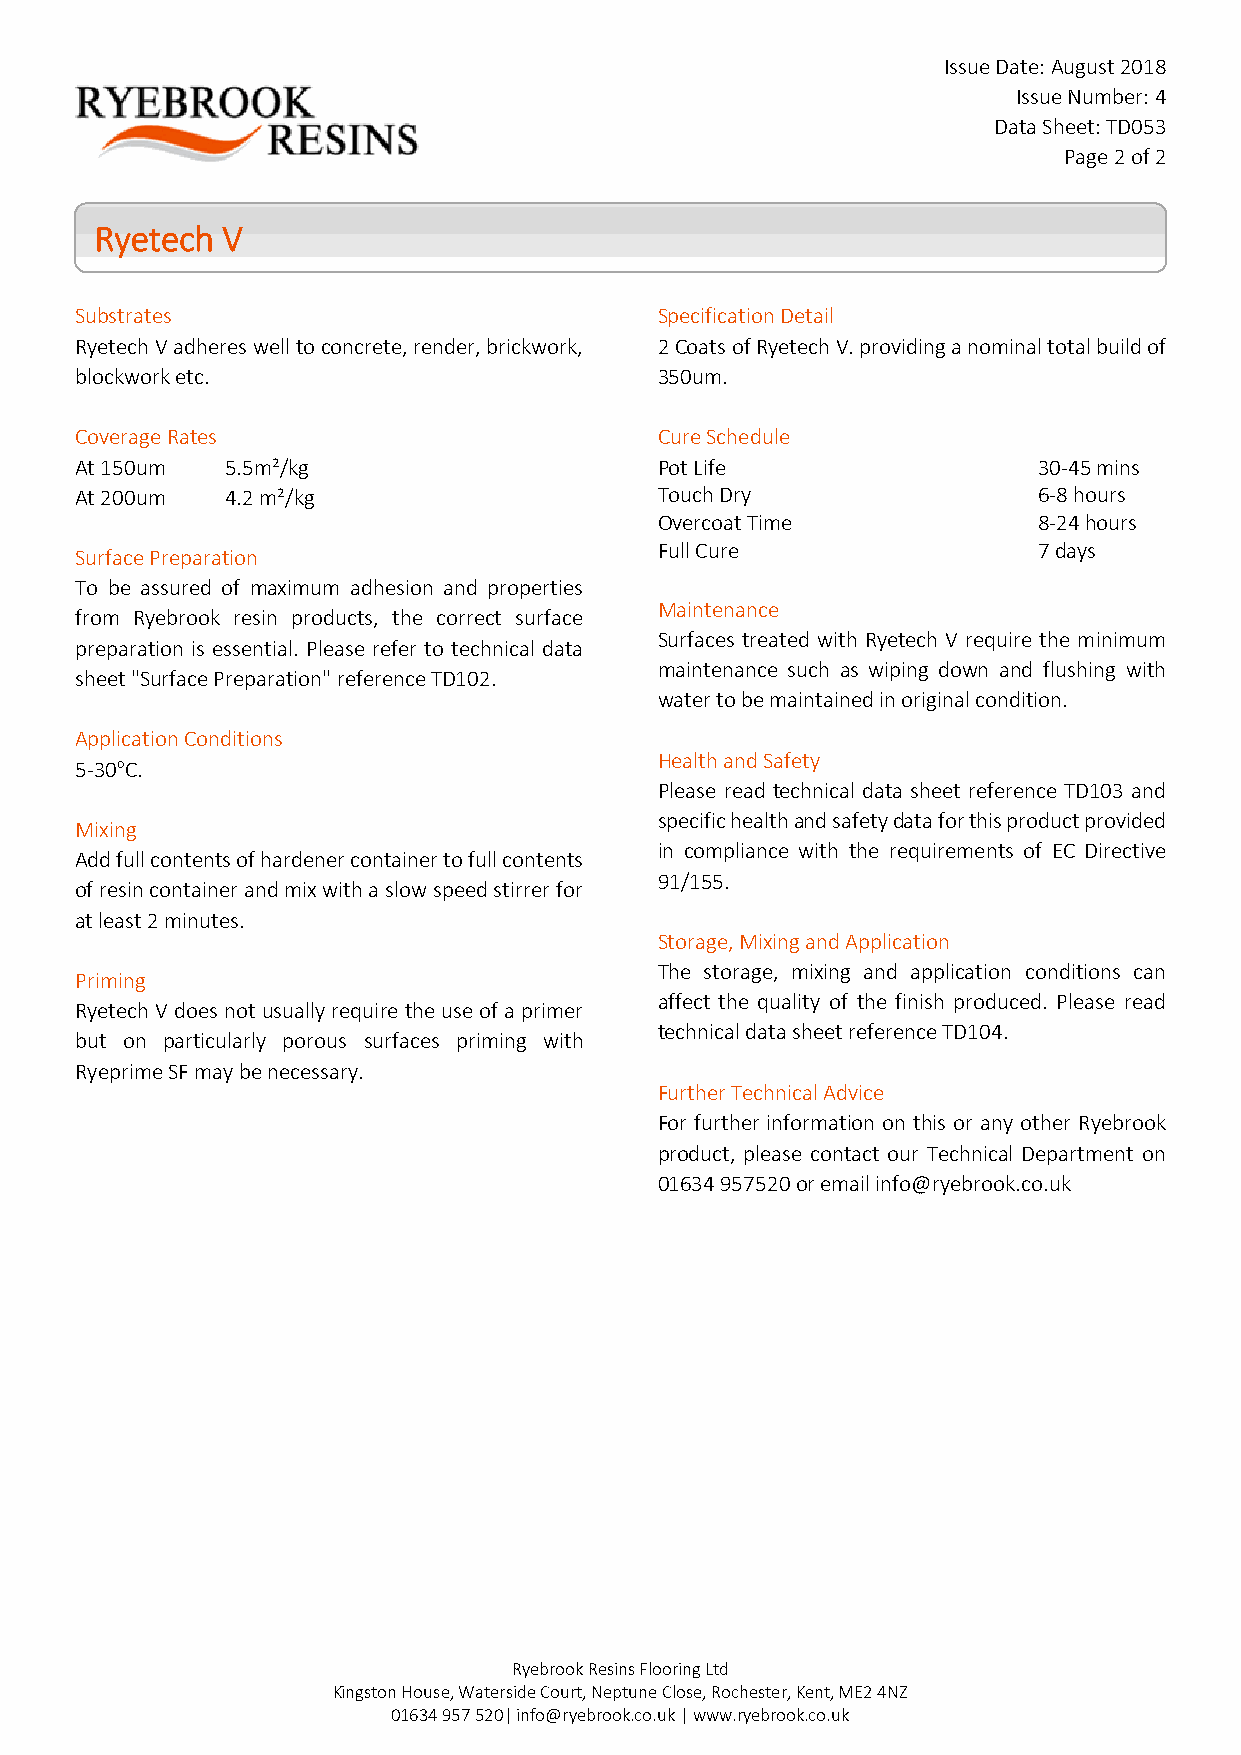
Issue Date: August 2018
 Issue Number: 4
 Data Sheet: TD053
 Page 2 of 2
 Ryetech  V
 Substrates                             Specification Detail
 Ryetech V adheres well to concrete, render, brickwork, 2 Coats of Ryetech V. providing a nominal total build of
 blockwork etc.                         350um.
 Coverage Rates                         Cure Schedule
 At 150um  5.5m²/kg                     Pot Life                 30-45 mins
 At 200um  4.2 m²/kg                    Touch Dry                6-8 hours
 Overcoat Time            8-24 hours
 Full Cure                7 days
 Surface Preparation
 To be assured of maximum adhesion and properties
 Maintenance
 from Ryebrook resin products, the correct surface
 Surfaces treated with Ryetech V require the minimum
 preparation is essential. Please refer to technical data
 maintenance such as wiping down and flushing with
 sheet "Surface Preparation" reference TD102.
 water to be maintained in original condition.
 Application Conditions
 Health and Safety
 5-30oC.
 Please read technical data sheet reference TD103 and
 specific health and safety data for this product provided
 Mixing
 in compliance with the requirements of EC Directive
 Add full contents of hardener container to full contents
 91/155.
 of resin container and mix with a slow speed stirrer for
 at least 2 minutes.
 Storage, Mixing and Application
 The storage, mixing and application conditions can
 Priming
 affect the quality of the finish produced. Please read
 Ryetech V does not usually require the use of a primer
 technical data sheet reference TD104.
 but on particularly porous surfaces priming with
 Ryeprime SF may be necessary.
 Further Technical Advice
 For further information on this or any other Ryebrook
 product, please contact our Technical Department on
 01634 957520 or email info@ryebrook.co.uk
 Ryebrook Resins Flooring Ltd
 Kingston House, Waterside Court, Neptune Close, Rochester, Kent, ME2 4NZ
 01634 957 520| info@ryebrook.co.uk | www.ryebrook.co.uk